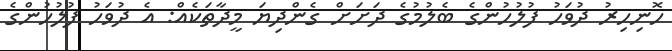
ހޮނިހިރު ދުވަހު ފުލުހުންގެ ބެލުމުގެ ދަށަށް ގެންދިޔަ މީދާތަކެއް: އެ ދުވަހު ފުލުހުންގެ